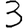
Digit: 3